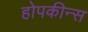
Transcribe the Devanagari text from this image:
होपकीन्स